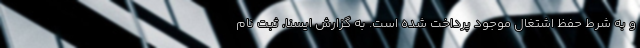
و به شرط حفظ اشتغال موجود پرداخت شده است. به گزارش ایسنا، ثبت نام